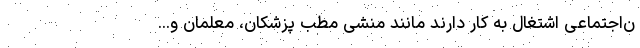
ن‌اجتماعی اشتغال به کار دارند مانند منشی مطب‌ پزشکان، معلمان و...